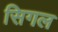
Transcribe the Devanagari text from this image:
सिगल